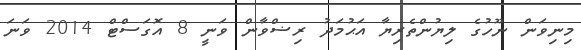
މިނިވަން ނޫހުގެ ލިޔުންތެރިޔާ އަޙުމަދު ރިޟްވާން ވަނީ 8 އޮގަސްޓް 2014 ވަނަ